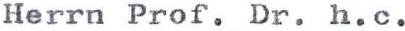
Herrn Prof. Dr. h.c.